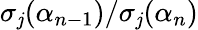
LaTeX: \sigma_{\mathit{j}}(\alpha_{n-1})/\sigma_{\mathit{j}}(\alpha_{n})